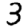
Digit: 3